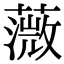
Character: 𦼻